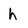
Character: h